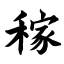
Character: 稼